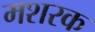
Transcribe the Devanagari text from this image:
मशरक